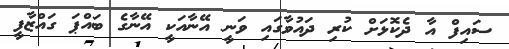
ސައިފް އާ ދެކޮޅަށް ކުރި ދައުވާގައި ވަނީ އޭނާއަކީ އޭނާގެ ބައްޕަ ގައްޒާފީ